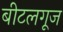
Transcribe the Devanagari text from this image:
बीटलगूज